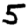
Digit: 5